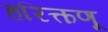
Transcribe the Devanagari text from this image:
हरित्कणू